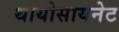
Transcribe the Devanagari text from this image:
थायोसायनेट